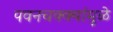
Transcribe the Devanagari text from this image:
पवनचक्क्यांमुळे